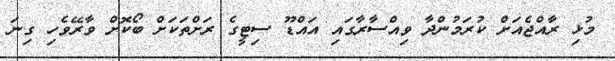
މުޅި ރާއްޖެއަށް ކުރަމުންދާ ވިއްސާރާގައި އައްޑޫ ސިޓީގެ ރަށްތަކަށް ބޯކޮށް ވާރޭވެހި ގިނަ